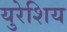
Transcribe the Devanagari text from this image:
युरेशिय